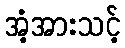
အံ့အားသင့်